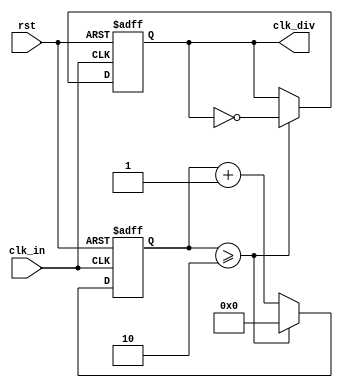
module yxt_2497_7_1(clk_in,rst,clk_div);  //

parameter NUM_DIV = 2;     //

input       clk_in;        //  
input       rst;
output reg  clk_div;       //

reg [19:0]  count;         //

always@(posedge clk_in or negedge rst)
begin
	if(!rst)
	begin
		count   <= 0;
		clk_div <= 0;
	end
	else
	begin
		if(count >= NUM_DIV)
		begin
			clk_div <= !clk_div;
			count   <= 0;
		end
		else
			count   <= count + 1;
	end
end

endmodule